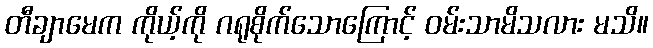
တီချာမေက ကိုယ့်ကို ဂရုစိုက်သောကြောင့် ဝမ်းသာမိသလား မသိ။